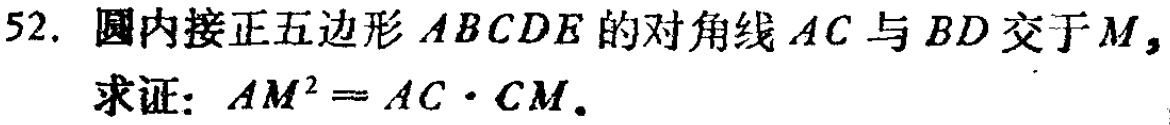
52. 圆内接正五边形\(ABCDE\)的对角线\(AC\)与\(BD\)交于\(M\)，
求证：\(AM^{2}=AC\cdot CM\)。